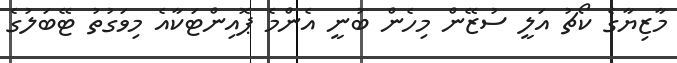
މާޒިޔާގެ ކޯޗު އަލީ ސުޒޭން މިހެން ބުނީ އެންމެ ޕޮއިންޓަކާއެ މިވަގުތު ޓޭބަލުގެ